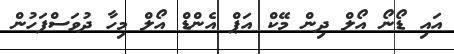
އައި ޑޯނޯ އޯލް ދިން މޭކް އަޕް އެންޑް އޯލް މިހާ ދުވަސްފަހުން